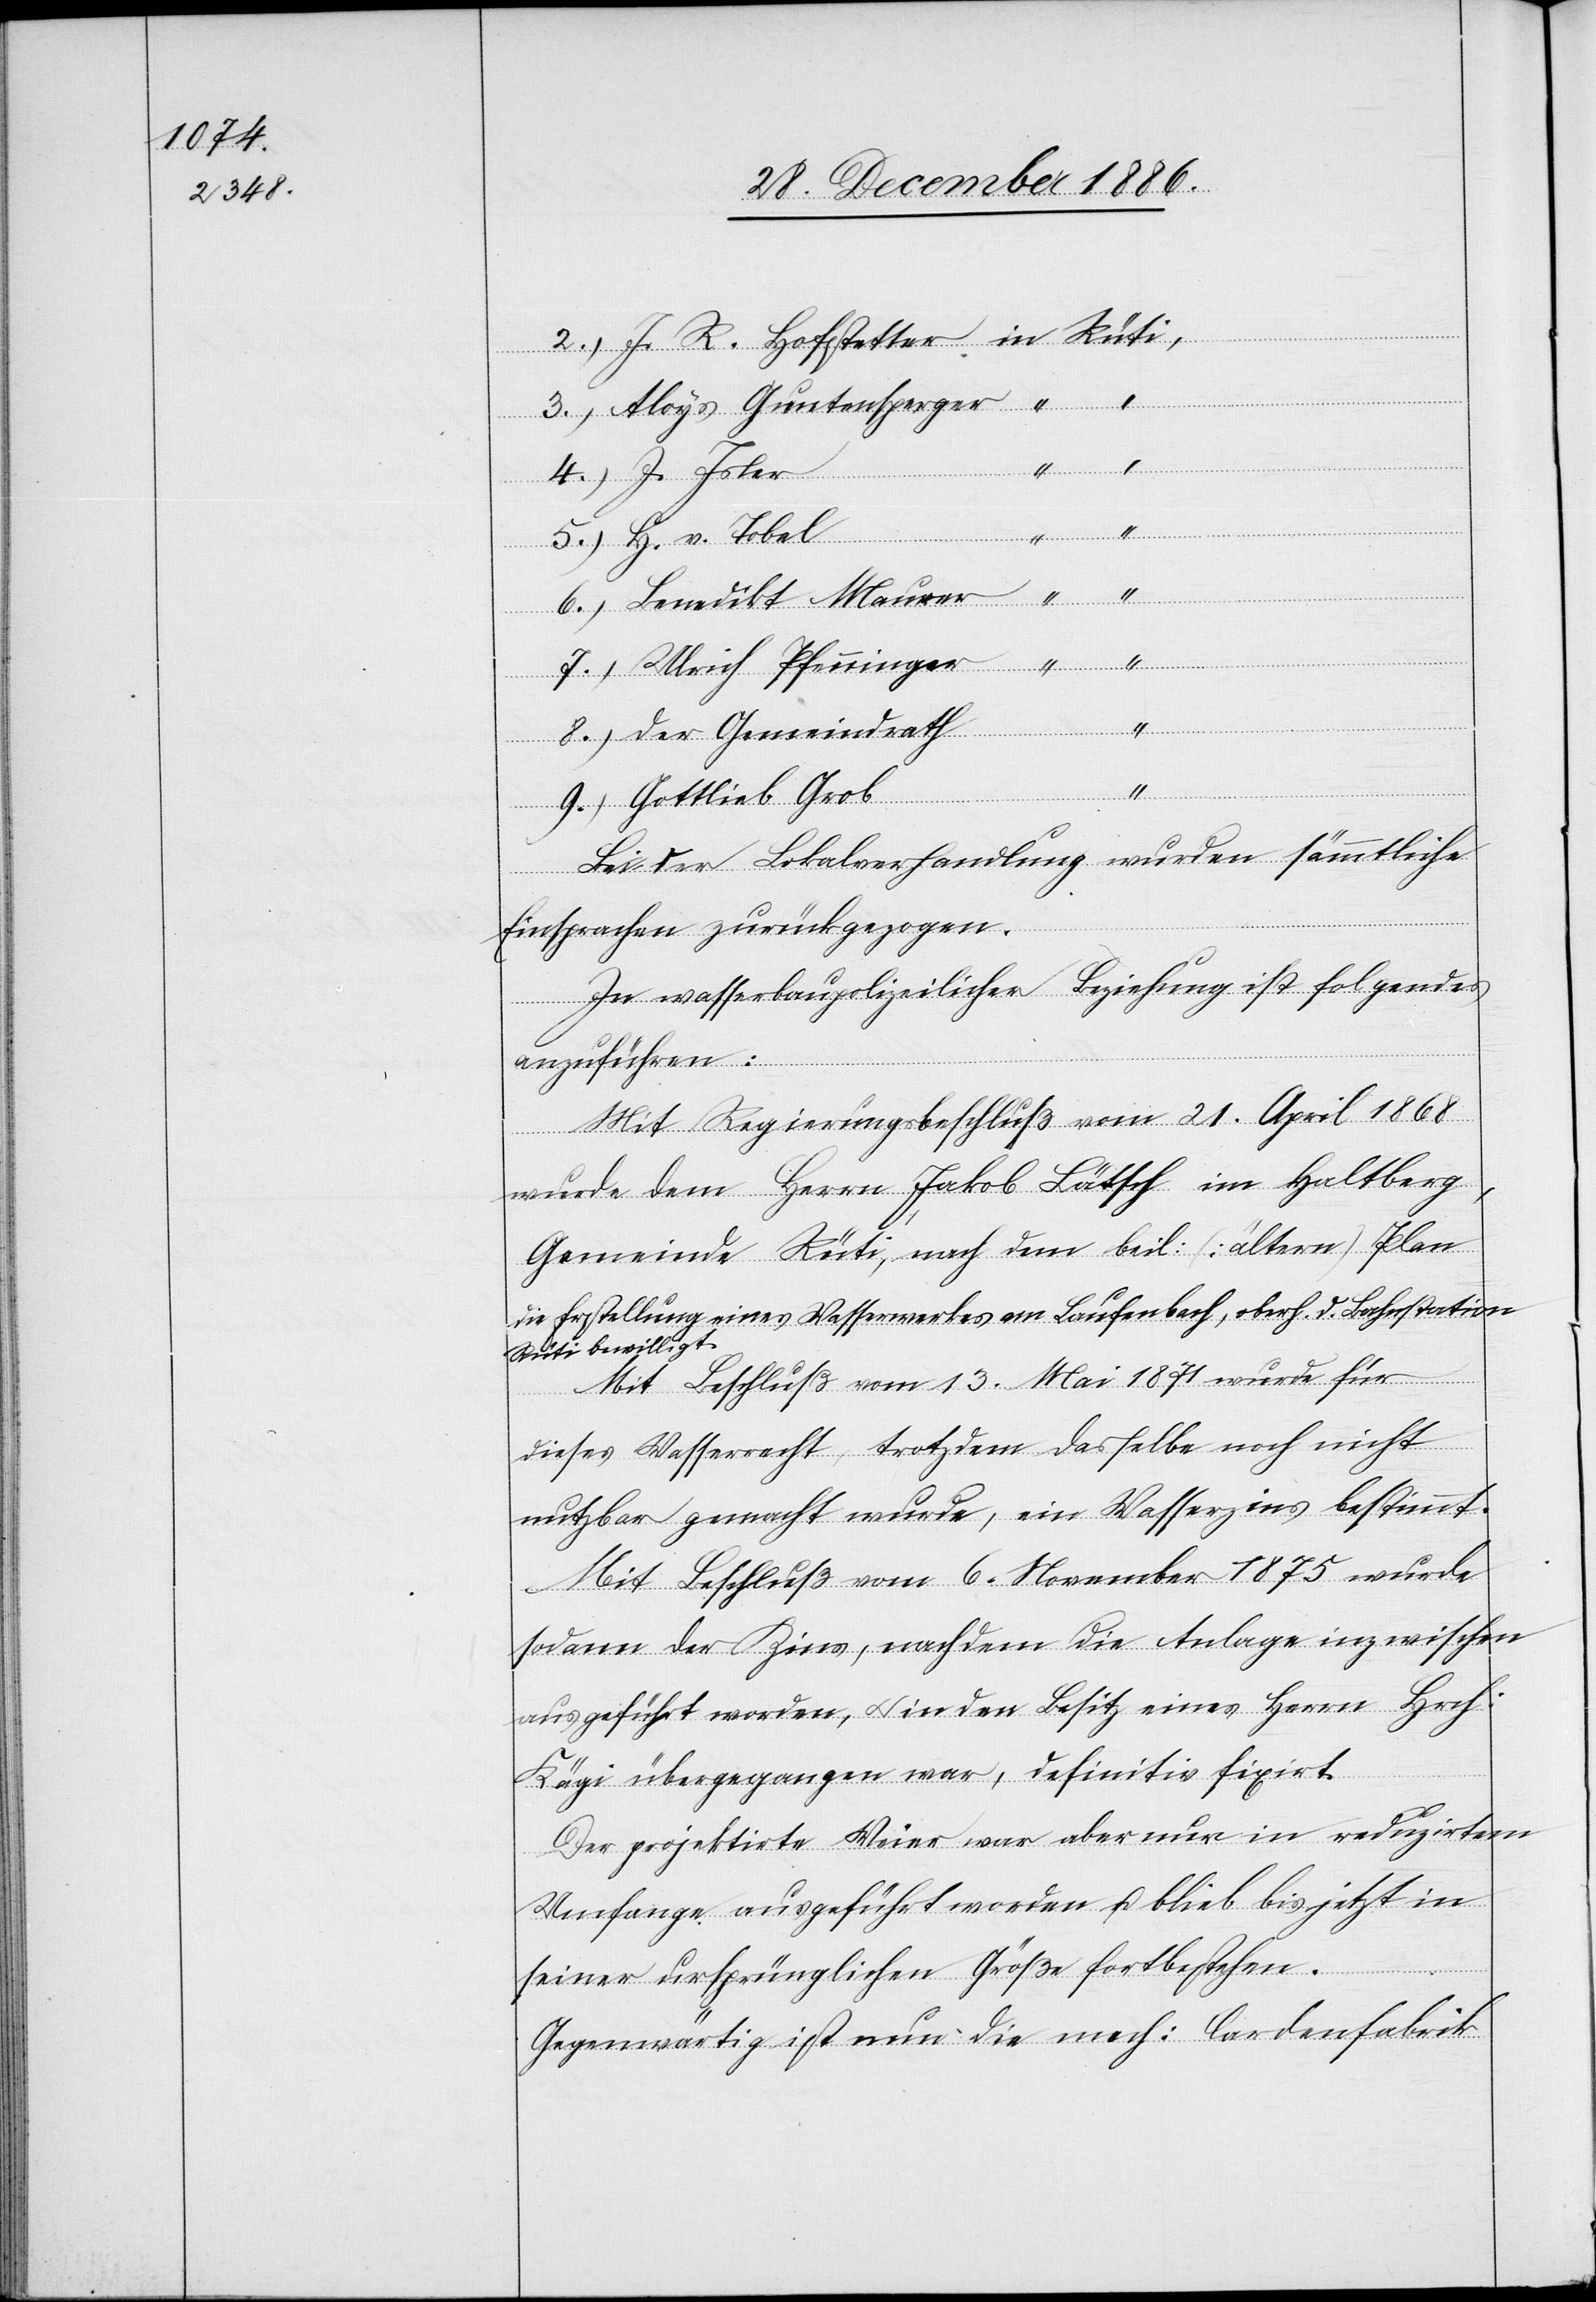
der
Maurer
Ulrich Pfenninger
Gemeindrath
9.)
Gottlieb Grob
Bei der Lokalverhandlung wurden sämmtliche
Einsprachen zurückgezogen.
In wasserbaupolizeilicher Beziehung ist folgendes
anzuführen:
Mit Regierungsbeschluß vom 21. April 1868
wurde dem Herrn Jakob Bätsch im Haltberg,
Gemeinde Rüti, nach dem beil: (ältern) Plan
die Erstellung eines Wasserwerkes am Laufenbach, obrh. d. Bahnstation
Rüti bewilligt.
Mit Beschluß vom 13. Mai 1871 wurde für
dieses Wasserrecht, trotzdem dasselbe noch nicht
nutzbar gemacht wurde, ein Wasserzins bestimmt.
Mit Beschluß vom 6. November 1875 wurde
sodann der Zins, nachdem die Anlage inzwischen
ausgeführt worden, & in den Besitz eines Herrn Hrch:
Kägi übergegangen war, definitiv fixirt.
Der projektirte Weier war aber nur in reduzirtem
Umfange ausgeführt worden u. blieb bis jetzt in
seiner ursprünglichen Größe fortbestehen.
Gegenwärtig ist nun die mech: Cardenfabrik